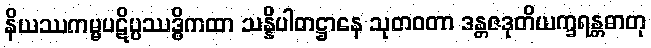
နိယဿကမ္မပဋိပ္ပဿဒ္ဓိကထာ သန္နိပါတဋ္ဌာနေ သုတဝတာ ဒန္တဇဒုတိယက္ခရန္တဓာတု